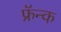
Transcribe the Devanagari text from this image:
फ्रॅन्क